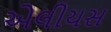
એલીયસ